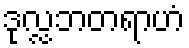
ဒုလ္လဘတရာဟံ